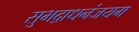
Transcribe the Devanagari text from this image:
सुभद्राधनंजयम